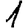
Digit: 1